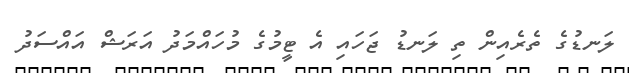
ލަނޑުގެ ތެެރެއިން ތި ލަނޑު ޖަހައި އެ ޓީމުގެ މުހައްމަދު އަރަޝް އައްސަދު